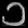
Digit: ၁